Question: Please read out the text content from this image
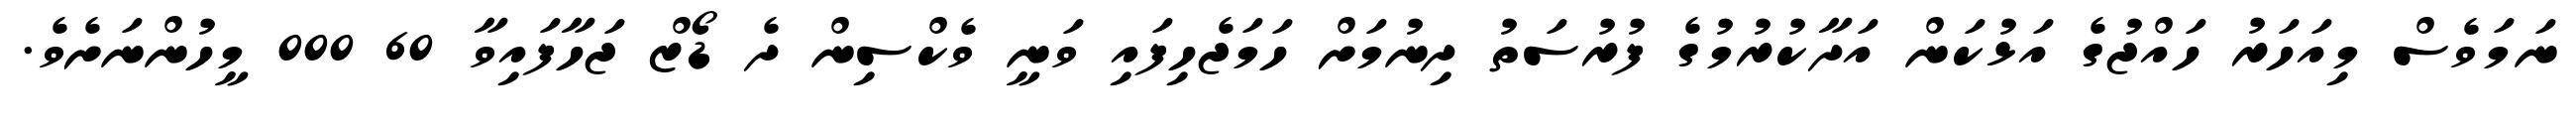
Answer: ނަމަވެސް މިއަހަރު ހައްޖުގެ އަޅުކަން އަދާކުރުމުގެ ފުރުސަތު ދިނުމަށް ހަމަޖެހިފައި ވަނީ ވެކްސިން ދެ ޑޯޒް ޖަހާފައިވާ 60 000 މީހުންނަށެވެ.